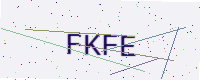
Text: FKFE